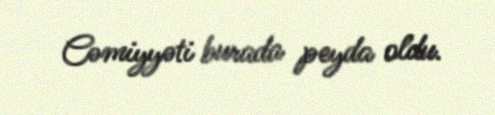
Cəmiyyəti burada peyda oldu.